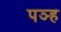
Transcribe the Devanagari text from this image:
पञ्ह